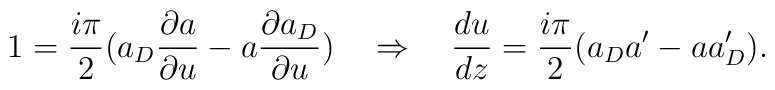
1=\frac{i \pi}{2}(a_D \frac{\partial a}{\partial u} -a \frac{\partial a_D}{\partial u}) \quad \Rightarrow \quad  \frac{du}{dz} = \frac{i \pi}{2}(a_Da'-aa_D').